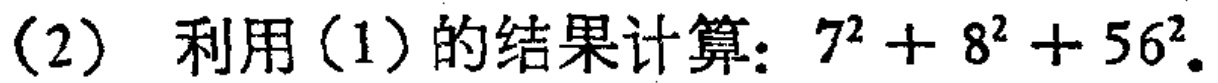
(2) 利用(1)的结果计算：\(7^{2}+8^{2}+56^{2}\)。